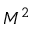
M ^ { 2 }